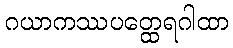
ဂယာကဿပတ္ထေရဂါထာ